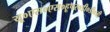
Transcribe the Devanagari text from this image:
यू०एस०एस०हूपर०डी०डी०जी